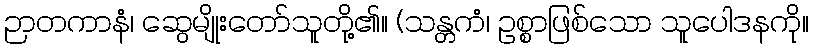
ဉာတကာနံ၊ ဆွေမျိုးတော်သူတို့၏။ (သန္တကံ၊ ဥစ္စာဖြစ်သော သူပေါဒနကို။